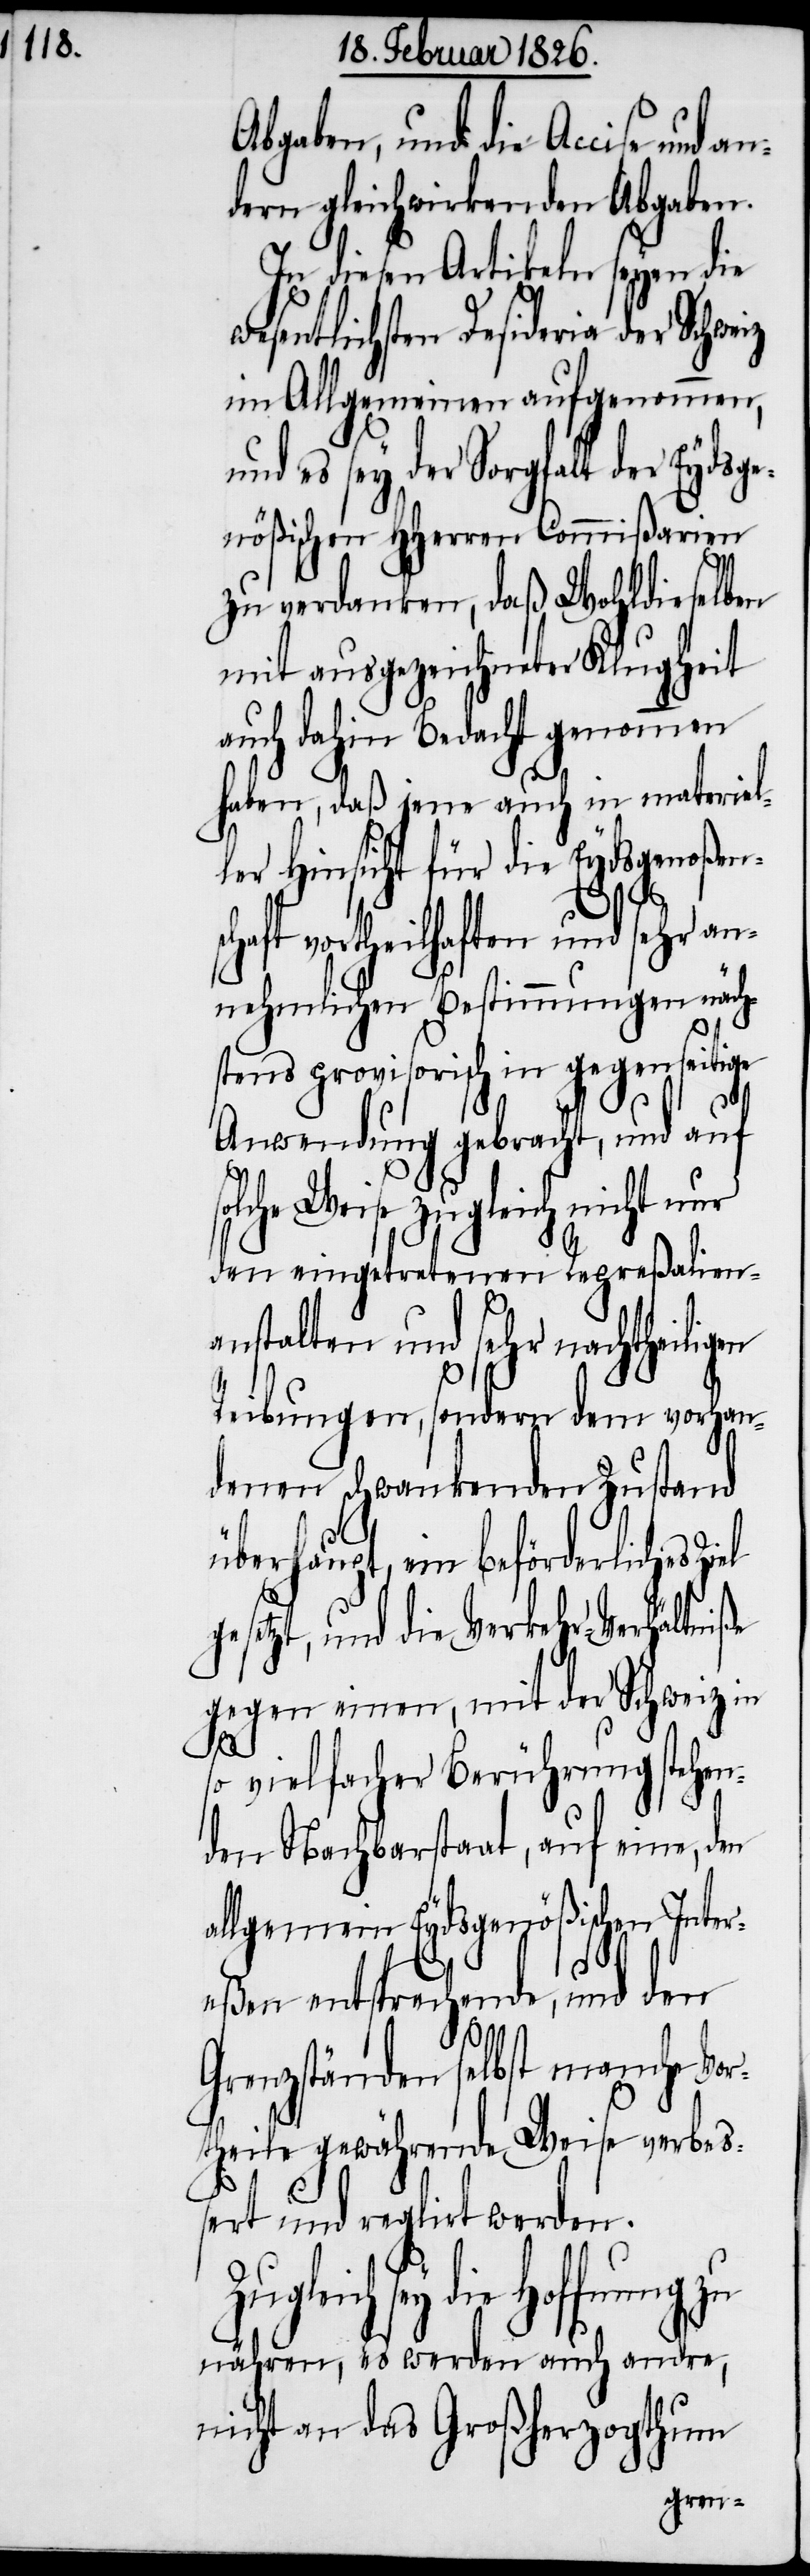
Abgaben, und die Accise und
dern gleichwirkenden Abgaben.
In diesen Artikeln seyen die
wesentlichsten Desideria der
im Allgemeinen aufgenommen,
nd es sey der Sorgfalt der Eydsg¬
enößischen HHerren Commißarien
zu verdanken, daß Wohldieselben
mit ausgezeichneter Klugheit
auch dahin Bedacht genommen
haben, daß jene auch in materiel¬
ler Hinsicht für die Eydsgenoßens¬
G¬
chaft vortheilhaften und sehr an¬
nehmlichen Bestimmungen näch¬
stens provisorisch in gegenseitige
Anwendung gebracht, und auf
Weise zugleich nicht nur
den eingetretenen Repreßalien¬
anstalten und sehr nachtheiligen
Reibungen, sondern dem vorhan¬
denen schwankenden Zustand
überhaupt, ein beförderliches Zi¬
esetzt, und die Verkehr-Verhältniße
gegen einen, mit der Schweiz in
so vielfacher Berührung stehen¬
den Nachbarstaat, auf eine, den
allgemein Eydsgenößischen Inter¬
eßen entsprechende, und den
renzständen selbst manche Vor¬
theile gewährende Weise verbeß¬
ert und regulirt werden.
sey die Hoffnung zu
nähren, es werden auch andre,
nicht an das Großherzogthum
an¬